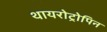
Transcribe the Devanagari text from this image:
थायरोट्रोपिन